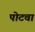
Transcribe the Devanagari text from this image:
पोटचा